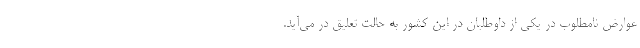
عوارض نامطلوب در یکی از داوطلبان در این کشور به حالت تعلیق در می‌آید.